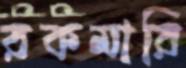
রকমারি